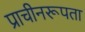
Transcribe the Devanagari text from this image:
प्राचीनरूपता